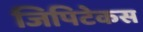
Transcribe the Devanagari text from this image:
जिपिटेकस